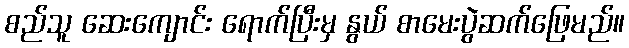
စည်သူ ဆေးကျောင်း ရောက်ပြီးမှ နွယ် စာမေးပွဲဆက်ဖြေမည်။